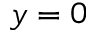
y = 0